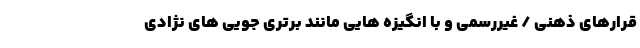
قرارهای ذهنی / غیررسمی و با انگیزه هایی مانند برتری جویی های نژادی